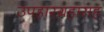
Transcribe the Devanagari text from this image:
उपहारग्रहासह